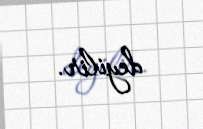
deyilir.